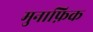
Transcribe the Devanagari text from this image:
मुनाफ़िक